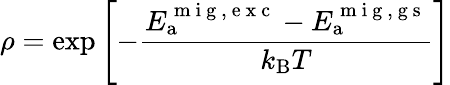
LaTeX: \displaystyle\rho=\exp\left[-\frac{E_{\mathrm{a}}^{\mathrm{~m~i~g~,~e~x~c~}}-E_{\mathrm{a}}^{\mathrm{~m~i~g~,~g~s~}}}{k_{\mathrm{B}}T}\right]